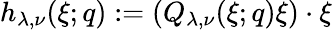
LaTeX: h_{\lambda,\nu}(\xi;q):=\left(Q_{\lambda,\nu}(\xi;q)\xi\right)\cdot\xi